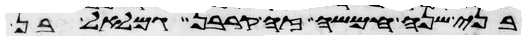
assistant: בני שנה חמשה זה קרבן גמלאל בן